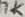
Text: 7K